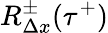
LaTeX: R_{\Delta x}^{\pm}(\tau^{+})